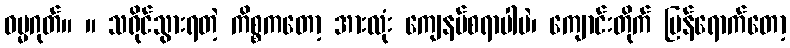
ဓမ္မဂုတ်။ ။ သရိုင်သွားရတဲ့ ကိစ္စကတော့ အားလုံး ကျေနပ်စရာပါပဲ၊ ကျောင်းတိုက် ပြန်ရောက်တော့